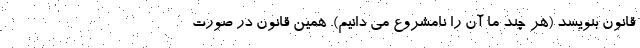
قانون بنویسد (هر چند ما آن را نامشروع می دانیم). همین قانون در صورت